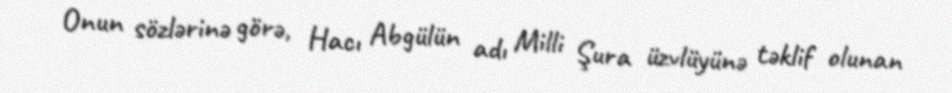
Onun sözlərinə görə, Hacı Abgülün adı Milli Şura üzvlüyünə təklif olunan